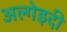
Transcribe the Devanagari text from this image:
अल्गेइदी